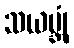
သယမ္ဘုံ